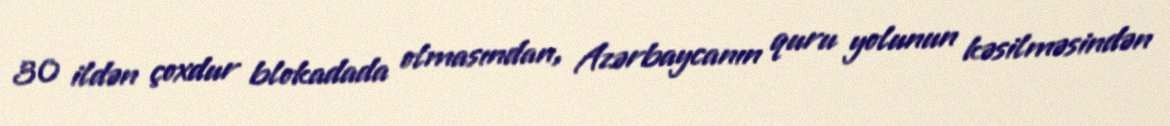
30 ildən çoxdur blokadada olmasından, Azərbaycanın quru yolunun kəsilməsindən